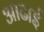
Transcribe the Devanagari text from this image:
आढाई